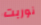
نوربت